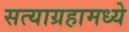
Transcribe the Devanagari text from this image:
सत्याग्रहामध्ये